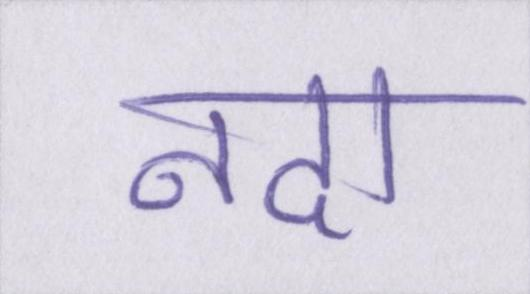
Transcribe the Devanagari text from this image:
नदा